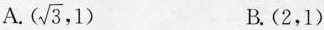
A. (\sqrt{3},1) B.(2,1)